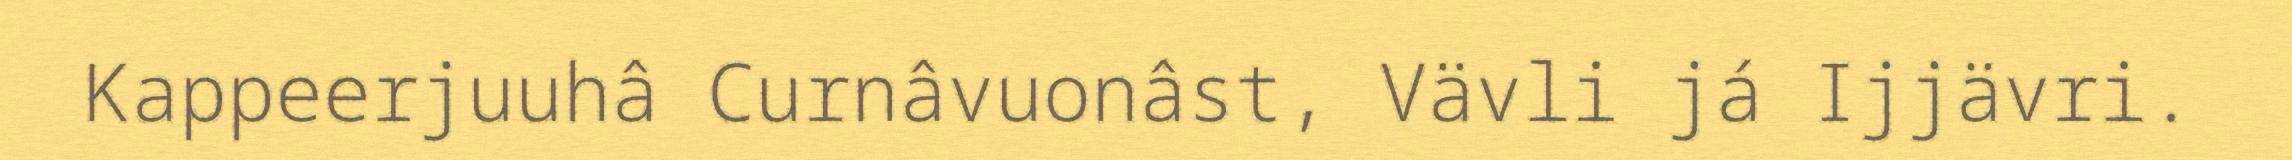
Kappeerjuuhâ Curnâvuonâst, Vävli já Ijjävri.